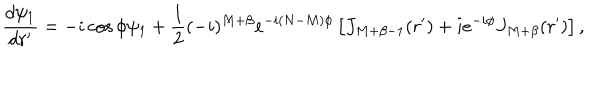
\frac { d \psi _ { 1 } } { d r ^ { \prime } } = - i \cos \phi \psi _ { 1 } + \frac { 1 } { 2 } ( - i ) ^ { M + \beta } e ^ { - i ( N - M ) \phi } \left[ J _ { M + \beta - 1 } ( r ^ { \prime } ) + i e ^ { - i \phi } J _ { M + \beta } ( r ^ { \prime } ) \right] ,